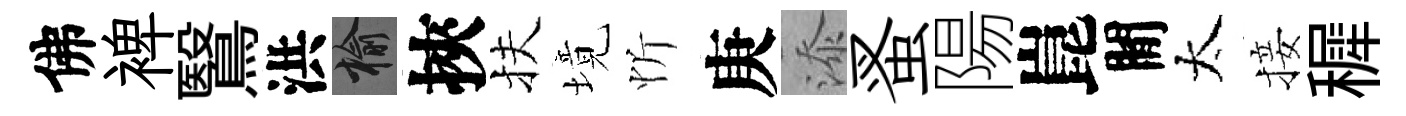
佛裨鷖洪榆挾扶境忻庚添蚤陽崑閒太接穉